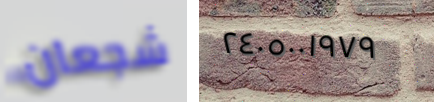
شجعان ٢٤٠٥٠٠١٩٧٩